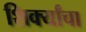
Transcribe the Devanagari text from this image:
शिर्क्यांचा